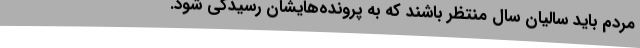
مردم باید سالیان سال منتظر باشند که به پرونده‌هایشان رسیدگی شود.